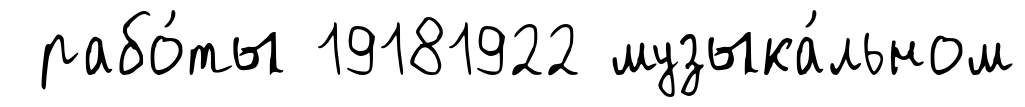
рабо́ты 19181922 музыка́льном